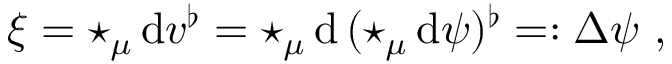
\xi = \star _ { \mu } \, \mathrm { d } v ^ { \flat } = \star _ { \mu } \, \mathrm { d } \, ( \star _ { \mu } \, \mathrm { d } \psi ) ^ { \flat } = : \Delta \psi \ ,